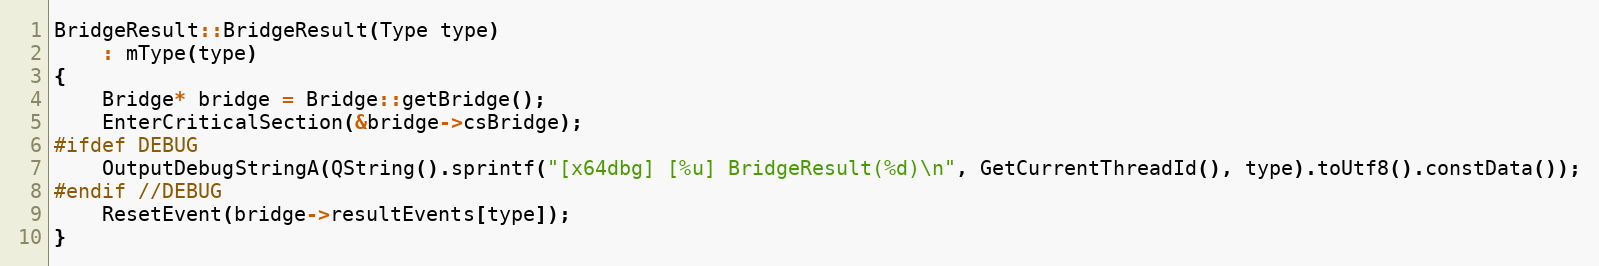
Language: C++
BridgeResult::BridgeResult(Type type)
    : mType(type)
{
    Bridge* bridge = Bridge::getBridge();
    EnterCriticalSection(&bridge->csBridge);
#ifdef DEBUG
    OutputDebugStringA(QString().sprintf("[x64dbg] [%u] BridgeResult(%d)\n", GetCurrentThreadId(), type).toUtf8().constData());
#endif //DEBUG
    ResetEvent(bridge->resultEvents[type]);
}